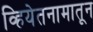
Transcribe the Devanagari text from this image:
व्हियेतनामातून